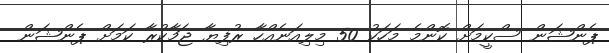
ޕެންޝަން ސްކީމަށް ކޮންމެ މަހަކު 50 މިލިއަނެއްހާ ރުފިޔާ ޖަމާކުރާ ކަމަށް ޕެންޝަން